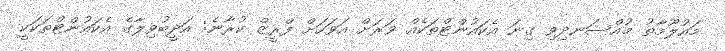
މައުލޫމާތު މުއްސަނދިވި ގިނަ އެކައުންޓްތަކެއް ވަރަށް އަވަހަށް ފްރީޒް ކުރާނެ: އަދީބުވިލާގެ އެކައުންޓްތަކަކީ